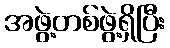
အဖွဲ့တစ်ဖွဲ့ရှိပြီး